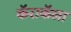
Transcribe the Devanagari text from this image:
कॅराकॅला